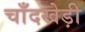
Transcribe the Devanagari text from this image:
चाँदखेड़ी